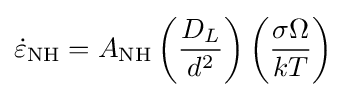
{\dot {\varepsilon }}_{\rm {NH}}=A_{\rm {NH}}\left({\frac {D_{L}}{d^{2}}}\right)\left({\frac {\sigma \Omega }{kT}}\right)